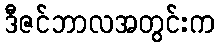
ဒီဇင်ဘာလအတွင်းက